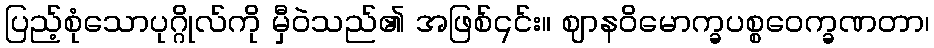
ပြည့်စုံသောပုဂ္ဂိုလ်ကို မှီဝဲသည်၏ အဖြစ်၎င်း။ ဈာနဝိမောက္ခပစ္စဝေက္ခဏတာ၊